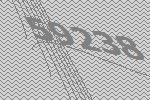
59238